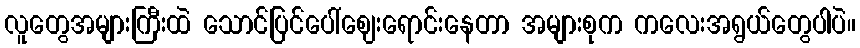
လူတွေအများကြီးထဲ သောင်ပြင်ပေါ်ဈေးရောင်းနေတာ အများစုက ကလေးအရွယ်တွေပါပဲ။